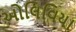
ઓલિવિયા